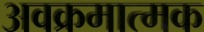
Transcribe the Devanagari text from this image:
अवक्रमात्मक